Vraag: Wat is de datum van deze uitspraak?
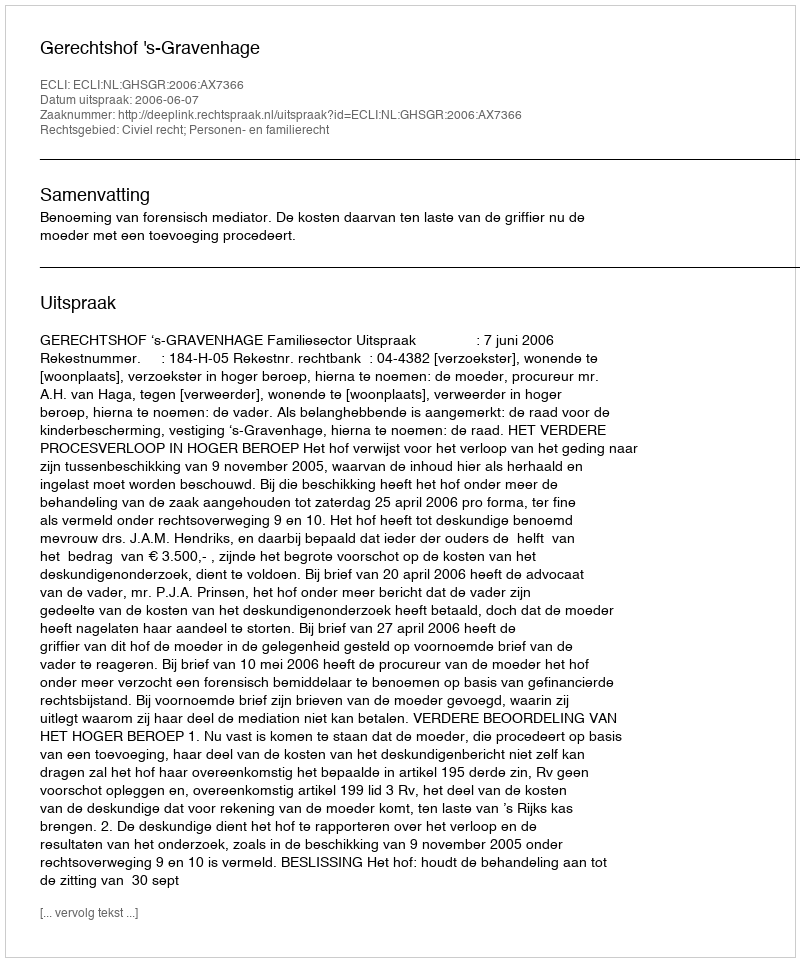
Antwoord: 2006-06-07